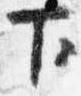
下